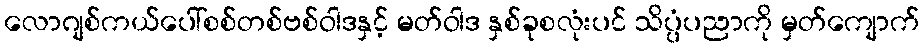
လောဂျစ်ကယ်ပေါ်စစ်တစ်ဗစ်ဝါဒနှင့် မတ်ဝါဒ နှစ်ခုစလုံးပင် သိပ္ပံပညာကို မှတ်ကျောက်